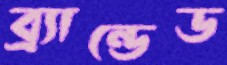
ব্র্যান্ডেড